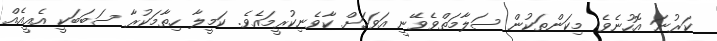
ކަރުނަ އޮހުނެވެ. މިކަންތަކުން ސަލާމަތްވެވޭނީ އަވަހަށް ކާވެނިކުރީމައެވެ. ކަމީލާ ހިތާމަކުރާ ސަބަބަކީ އެއީއެއް